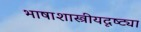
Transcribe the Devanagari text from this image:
भाषाशास्त्रीयदृष्ट्या